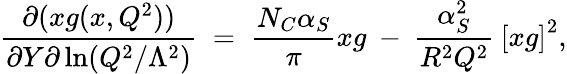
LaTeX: \frac{\partial(xg(x,Q^{2}))}{\partial Y\partial\ln(Q^{2}/\Lambda^{2})}\; =\; \frac{N_{C}\alpha_{S}}{\pi}xg\: -\: \frac{\alpha_{S}^{2}}{R^{2}Q^{2}}\: \left[xg\right]^{2},